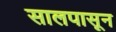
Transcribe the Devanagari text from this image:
सालपासून